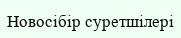
Новосібір суретшілері